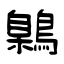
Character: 鷍